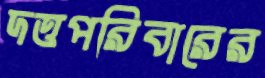
দত্তপরিবারের